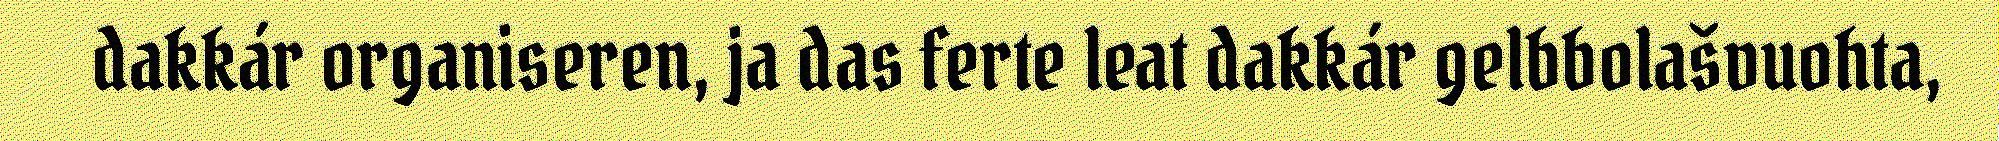
dakkár organiseren, ja das ferte leat dakkár gelbbolašvuohta,